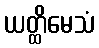
ယတ္ထိမေသံ